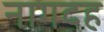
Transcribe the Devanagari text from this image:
नागदह